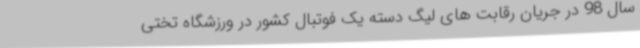
سال 98 در جریان رقابت های لیگ دسته یک فوتبال کشور در ورزشگاه تختی